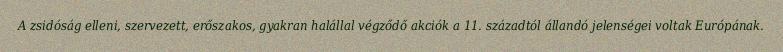
A zsidóság elleni, szervezett, erőszakos, gyakran halállal végződő akciók a 11. századtól állandó jelenségei voltak Európának.